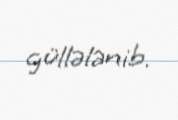
güllələnib.